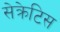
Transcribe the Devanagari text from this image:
सेक्रेटिस